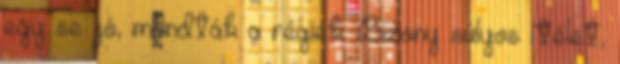
egy se jó, mondták a régiek. Bizony súlyos ítélet,